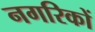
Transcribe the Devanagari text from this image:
नगरिकों